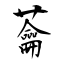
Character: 蘥